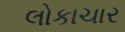
લોકાચાર